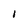
Character: I